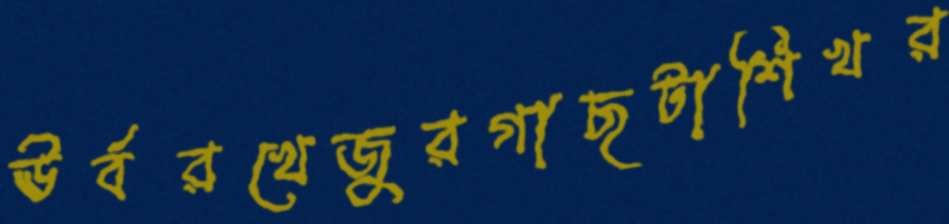
ঊর্বরখেজুরগাছটাশিখর